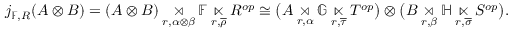
j _ { \mathbb { F } , R } ( A \otimes B ) = ( A \otimes B ) \underset { r , \alpha \otimes \beta } { \rtimes } \mathbb { F } \underset { r , \overline { { \rho } } } { \ltimes } R ^ { o p } \cong \big ( A \underset { r , \alpha } { \rtimes } \mathbb { G } \underset { r , \overline { { \tau } } } { \ltimes } T ^ { o p } \big ) \otimes \big ( B \underset { r , \beta } { \rtimes } \mathbb { H } \underset { r , \overline { { \sigma } } } { \ltimes } S ^ { o p } \big ) .